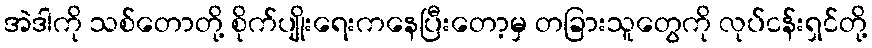
အဲဒါကို သစ်တောတို့ စိုက်ပျိုးရေးကနေပြီးတော့မှ တခြားသူတွေကို လုပ်ငန်းရှင်တို့